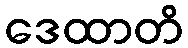
ဒေထာတိ